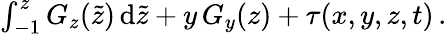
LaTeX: \begin{array}{r}{\int_{-1}^{z}G_{z}(\tilde{z})\, \mathrm{d}\tilde{z}+y\, G_{y}(z)+\tau(x,y,z,t)\, .}\end{array}